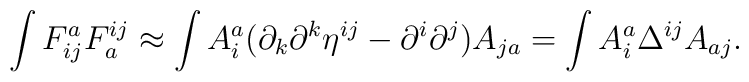
\int F^{a}_{ij}F^{ij}_{a}\approx\int A_{i}^{a}(\partial_{k}\partial^{k}\eta^{ij}-\partial^{i}\partial^{j})A_{ja}=\int A_{i}^{a}\Delta^{ij}A_{aj}.